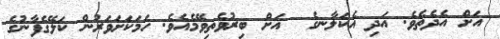
އަށް އެދެތެވެ. އަދި އެކަލާނގެ  އަށް ބިރުވެތިވޭމެއެވެ. ހަމަކަށަވަރުން ކަލޭގެފާނުގެ